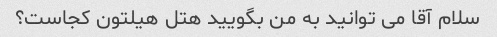
سلام آقا می توانید به من بگویید هتل هیلتون کجاست؟